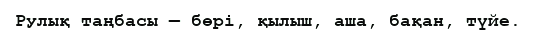
Рулық таңбасы — бөрі, қылыш, аша, бақан, түйе.